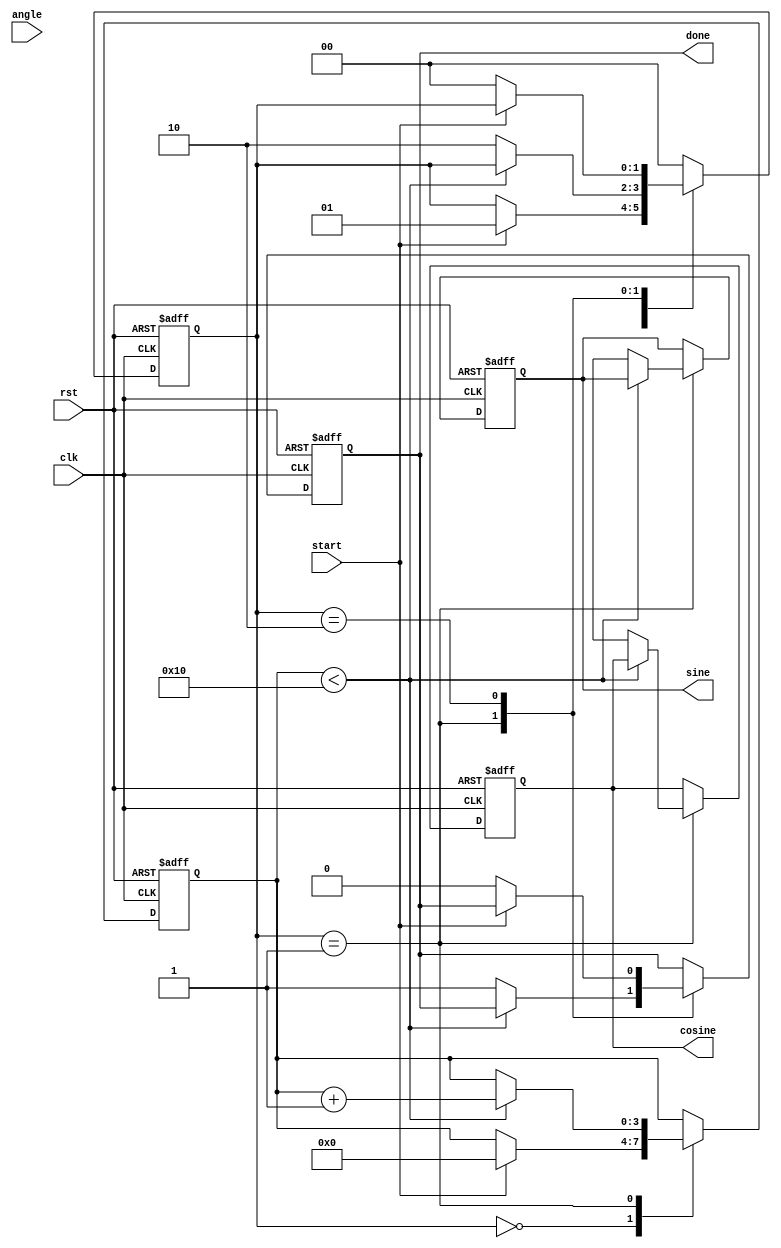
module CORDIC(
    input clk,
    input rst,
    input [15:0] angle,  // Input angle in radians (fixed-point format)
    input start,         // Start signal to begin computation
    output reg [15:0] sine,   // Output sine value
    output reg [15:0] cosine, // Output cosine value
    output reg done      // Done flag
);

// Parameters
parameter NUM_ITERATIONS = 16; // Number of CORDIC iterations
parameter LUT_SIZE = 16;        // Size of LUTs

// Internal signals
reg [15:0] x [0:NUM_ITERATIONS-1]; // x coordinates
reg [15:0] y [0:NUM_ITERATIONS-1]; // y coordinates
reg [15:0] angle_lut [0:LUT_SIZE-1]; // Angle lookup table
reg [15:0] gain_lut [0:LUT_SIZE-1];  // Gain lookup table
reg [15:0] current_angle; // Current angle for rotation
reg [3:0] iteration;      // Iteration counter
reg [1:0] state;          // State machine

// State constants
localparam IDLE = 2'b00;
localparam COMPUTE = 2'b01;
localparam DONE = 2'b10;

// Initialization of lookup tables
initial begin
    // Populate angle LUT with precomputed values (in fixed-point format)
    angle_lut[0] = 16'h1C90; // atan(2^-0)
    angle_lut[1] = 16'h16C3; // atan(2^-1)
    angle_lut[2] = 16'h0D98; // atan(2^-2)
    angle_lut[3] = 16'h05A8; // atan(2^-3)
    angle_lut[4] = 16'h0283; // atan(2^-4)
    angle_lut[5] = 16'h0148; // atan(2^-5)
    angle_lut[6] = 16'h00A2; // atan(2^-6)
    angle_lut[7] = 16'h0051; // atan(2^-7)
    // ... Continue initializing for all NUM_ITERATIONS

    // Populate gain LUT with precomputed values
    gain_lut[0] = 16'h26B3; // Gain for the first angle
    gain_lut[1] = 16'h1C74; // Gain for the second angle
    gain_lut[2] = 16'h164C; // Gain for the third angle
    // ... Continue initializing for all NUM_ITERATIONS

    // Initialize registers
    done = 0;
    iteration = 0;
    state = IDLE;
end

// State machine to control the CORDIC process
always @(posedge clk or posedge rst) begin
    if (rst) begin
        sine <= 0;
        cosine <= 0;
        done <= 0;
        iteration <= 0;
        state <= IDLE;
    end else begin
        case (state)
            IDLE: begin
                if (start) begin
                    // Initialize x and y values
                    x[0] <= 16'h4000; // 1.0 in Q15 format
                    y[0] <= 0;       // 0.0 in Q15 format
                    current_angle <= angle;
                    iteration <= 0;
                    state <= COMPUTE;
                end
            end

            COMPUTE: begin
                if (iteration < NUM_ITERATIONS) begin
                    if (current_angle < 0) begin
                        // Rotate clockwise
                        x[iteration+1] <= x[iteration] + (y[iteration] >> iteration);
                        y[iteration+1] <= y[iteration] - (x[iteration] >> iteration);
                        current_angle <= current_angle + angle_lut[iteration];
                    end else begin
                        // Rotate counterclockwise
                        x[iteration+1] <= x[iteration] - (y[iteration] >> iteration);
                        y[iteration+1] <= y[iteration] + (x[iteration] >> iteration);
                        current_angle <= current_angle - angle_lut[iteration];
                    end

                    iteration <= iteration + 1;
                end else begin
                    // Final output
                    sine <= y[NUM_ITERATIONS];
                    cosine <= x[NUM_ITERATIONS] * gain_lut[NUM_ITERATIONS-1]; // Scale by the final gain
                    done <= 1;
                    state <= DONE;
                end
            end

            DONE: begin
                if (!start) begin
                    done <= 0;
                    state <= IDLE; // Reset state for next computation
                end
            end

            default: state <= IDLE;
        endcase
    end
end

endmodule